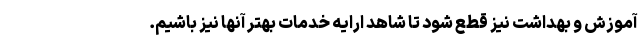
آموزش و بهداشت نیز قطع شود تا شاهد ارایه خدمات بهتر آنها نیز باشیم.